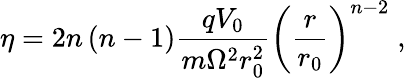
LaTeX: \eta=2n\left(n-1\right)\frac{qV_{0}}{m\Omega^{2}r_{0}^{2}}\left(\frac{r}{r_{0}}\right)^{n-2}\; ,